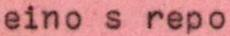
eino s repo